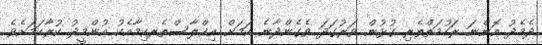
ދެމެދު އޮންނަ ރަހުމަތްތެރި ގުޅުން ވަރުގަދަ ވެގެންދާނެ ކަމަށް އިޚްލާސްތެރކިމާއެކު އުންމީދު ކުރާކަމަށެވެ.